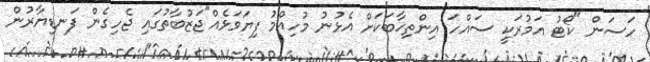
ހަސަން "ކޯޓު އަމުރަކީ ސައްހަ އިންތިޚާބަކަށް އެޅުނު މުހިއްމު ފިޔަވަޅެއް"ޖަޒުބާތުގައި ޖެހިގެން ފަނޑިޔާރުން